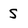
Character: S